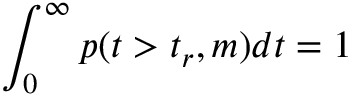
\int _ { 0 } ^ { \infty } p ( t > t _ { r } , m ) d t = 1